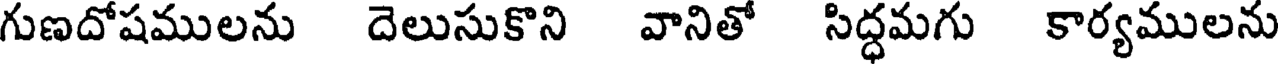
గుణదోషములను దెలుసుకొని వానితో సిద్ధమగు కార్యములను